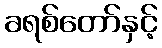
ခရစ်တော်နှင့်